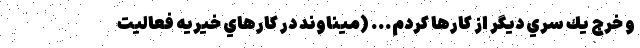
و خرج يك سري ديگر از كارها كردم... (ميناوند در كارهاي خيريه فعاليت